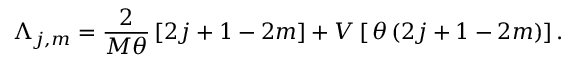
\Lambda _ { j , m } = \frac { 2 } { M \theta } \left[ 2 j + 1 - 2 m \right] + V \left[ \, \theta \, ( 2 j + 1 - 2 m ) \right] .